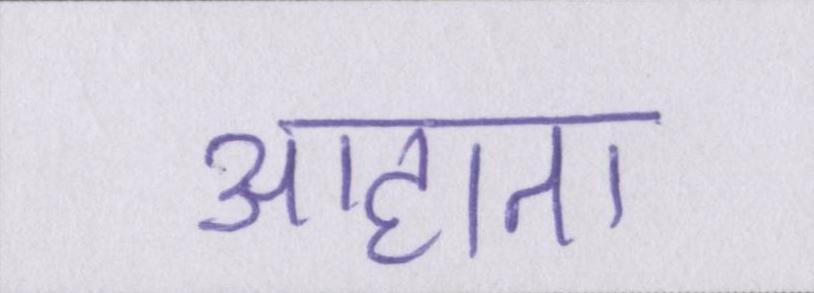
आहाता